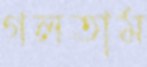
গলতাম